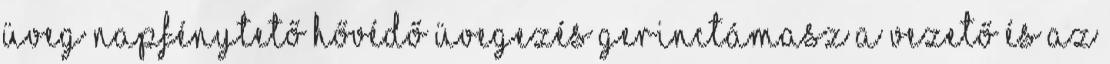
üveg napfénytető Hővédő üvegezés Gerinctámasz a vezető és az